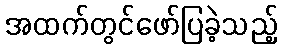
အထက်တွင်ဖော်ပြခဲ့သည့်